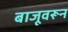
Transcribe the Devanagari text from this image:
बाजूवरून